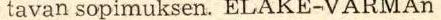
tavan sopimuksen. ELÄKE-VARMAn